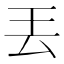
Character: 丟